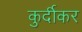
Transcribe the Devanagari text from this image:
कुर्दीकर